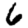
Digit: 6